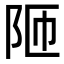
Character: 𮤼